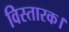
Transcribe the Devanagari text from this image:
विस्तारक।